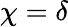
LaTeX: \chi=\delta